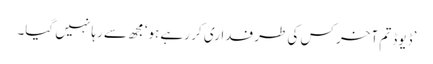
’ڈیوڈ تم آخر کس کی طرفداری کر رہے ہو‘ مجھ سے رہا نہیں گیا۔